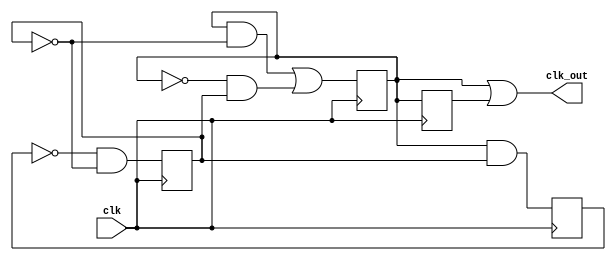
`timescale 1ns / 1ps
 
module divide_5(input clk,
output clk_out);
 
wire d2,d1,d0;
reg q2,q1,q0,q2temp;
 
initial begin
q2 = 0;
q1 = 0;
q0 = 0;
end
assign q2bar = ~q2;
assign q1bar = ~q1;
assign q0bar = ~q0;
 assign d0 = q2bar & q0bar;
assign d1 = (q1&q0bar) | (q1bar & q0);
assign d2 = q1 & q0;

always @(posedge clk) begin
q0 <= d0;
q1 <= d1;
q2 <= d2;
end
always @(negedge clk) begin
q2temp <= q1;
end
  assign clk_out=q1 | q2temp;
endmodule